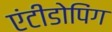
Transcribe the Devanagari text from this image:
एंटीडोपिंग